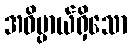
အဓိပ္ပာယ်ရှိသော